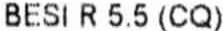
BESI R 5.5 (CQ)